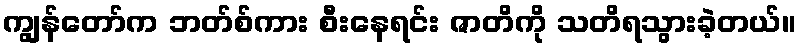
ကျွန်တော်က ဘတ်စ်ကား စီးနေရင်း ဇာတိကို သတိရသွားခဲ့တယ်။